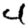
Digit: 4